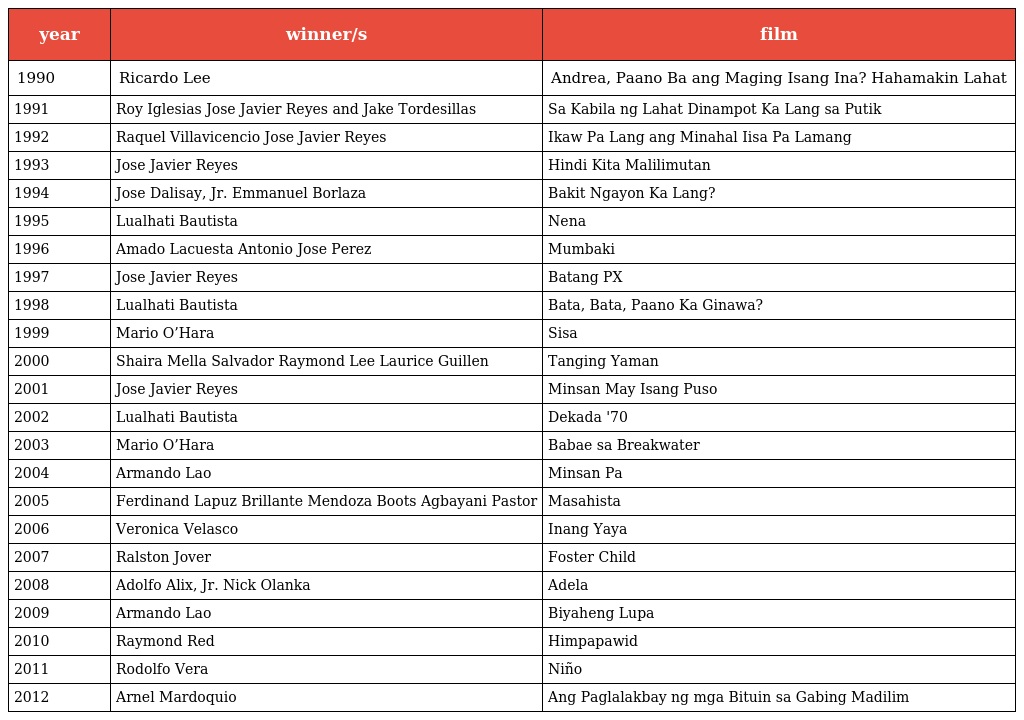
| year | winner/s | film |
 | --- | --- | --- |
 | 1990 | Ricardo Lee | Andrea, Paano Ba ang Maging Isang Ina? Hahamakin Lahat |
 | 1991 | Roy Iglesias Jose Javier Reyes and Jake Tordesillas | Sa Kabila ng Lahat Dinampot Ka Lang sa Putik |
 | 1992 | Raquel Villavicencio Jose Javier Reyes | Ikaw Pa Lang ang Minahal Iisa Pa Lamang |
 | 1993 | Jose Javier Reyes | Hindi Kita Malilimutan |
 | 1994 | Jose Dalisay, Jr. Emmanuel Borlaza | Bakit Ngayon Ka Lang? |
 | 1995 | Lualhati Bautista | Nena |
 | 1996 | Amado Lacuesta Antonio Jose Perez | Mumbaki |
 | 1997 | Jose Javier Reyes | Batang PX |
 | 1998 | Lualhati Bautista | Bata, Bata, Paano Ka Ginawa? |
 | 1999 | Mario O’Hara | Sisa |
 | 2000 | Shaira Mella Salvador Raymond Lee Laurice Guillen | Tanging Yaman |
 | 2001 | Jose Javier Reyes | Minsan May Isang Puso |
 | 2002 | Lualhati Bautista | Dekada '70 |
 | 2003 | Mario O’Hara | Babae sa Breakwater |
 | 2004 | Armando Lao | Minsan Pa |
 | 2005 | Ferdinand Lapuz Brillante Mendoza Boots Agbayani Pastor | Masahista |
 | 2006 | Veronica Velasco | Inang Yaya |
 | 2007 | Ralston Jover | Foster Child |
 | 2008 | Adolfo Alix, Jr. Nick Olanka | Adela |
 | 2009 | Armando Lao | Biyaheng Lupa |
 | 2010 | Raymond Red | Himpapawid |
 | 2011 | Rodolfo Vera | Niño |
 | 2012 | Arnel Mardoquio | Ang Paglalakbay ng mga Bituin sa Gabing Madilim |